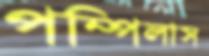
পম্পিলাস